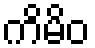
ကိမိဝ